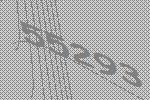
55293